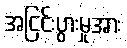
အငြင်းပွားမှုအား